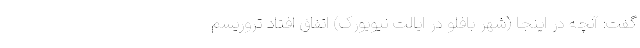
گفت: آنچه در اینجا (شهر بافلو در ایالت نیویورک) اتفاق افتاد تروریسم